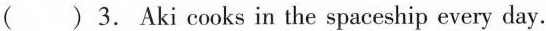
( ) 3. Aki cooks in the spaceship every day.